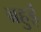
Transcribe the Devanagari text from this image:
ब्रहुई